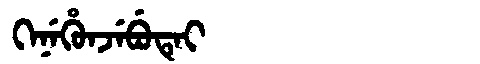
Manchu: ᡴᡝᠨᡝᡥᡠᠨᠵᡝᠪᡠᡨᡝᡳ
Romanization: KENEHUNJEBUTEI